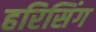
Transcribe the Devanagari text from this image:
हरिसिंग